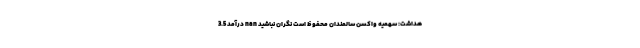
هداشت: سهمیه واکسن سالمندان محفوظ است نگران نباشید nan درآمد 3.5